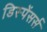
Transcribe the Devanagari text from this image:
डिस्पेंसर्स